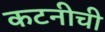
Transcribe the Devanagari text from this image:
कटनीची